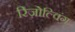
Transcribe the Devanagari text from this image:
रिज़ोल्विंग